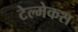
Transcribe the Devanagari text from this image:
टेल्मेकस